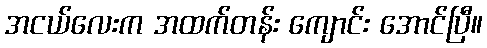
အငယ်လေးက အထက်တန်း ကျောင်း အောင်ပြီ။